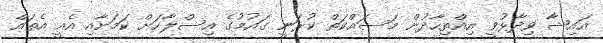
އައިޝާ ވިދާޅުވީ އިއްތިހާދުން މަސައްކަތް ކުރަނީ ގައުމުގެ އިސްލާހަށް ކަމަށާއި އެއީ އެތައް